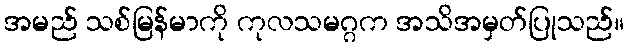
အမည် သစ်မြန်မာကို ကုလသမဂ္ဂက အသိအမှတ်ပြုသည်။